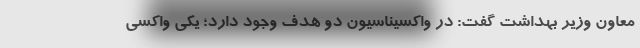
معاون وزیر بهداشت گفت: در واکسیناسیون دو هدف وجود دارد؛ یکی واکسی